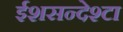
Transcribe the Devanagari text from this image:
ईशसन्देश्टा